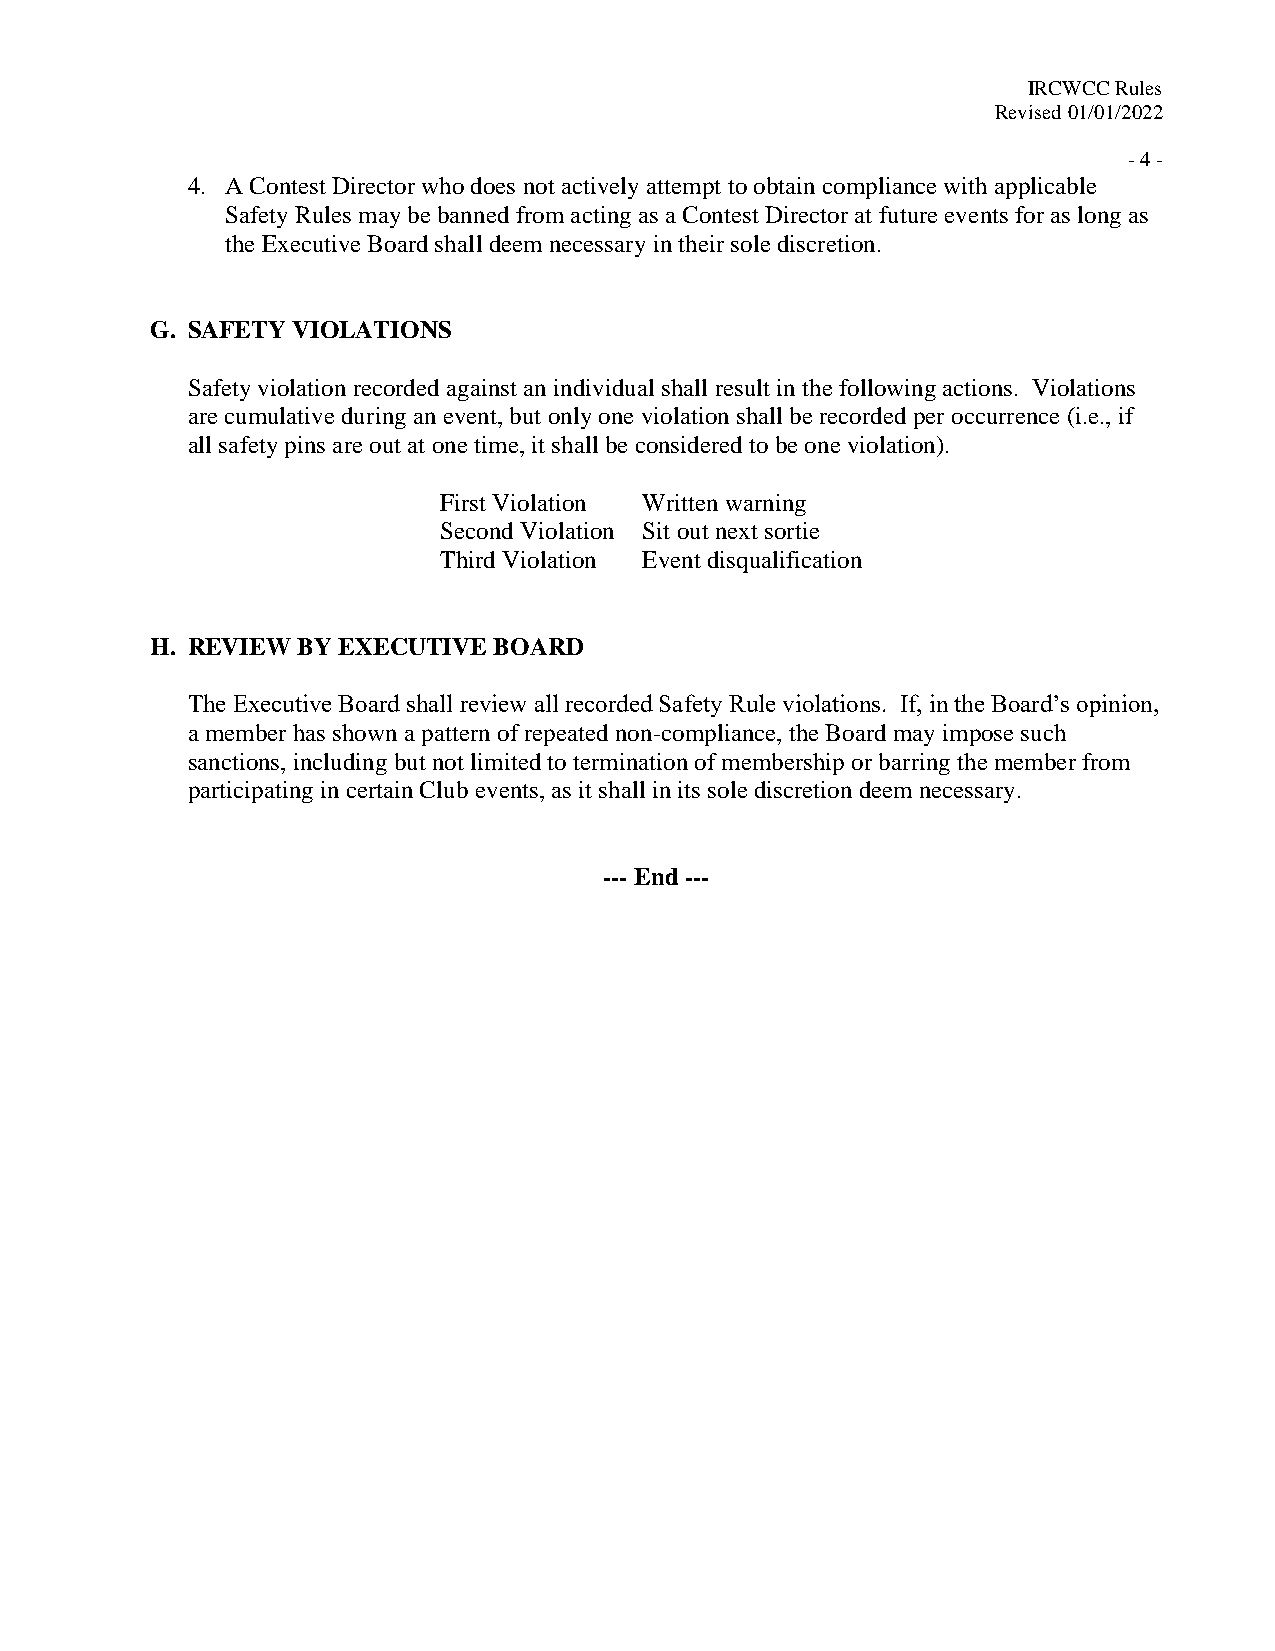
IRCWCC Rules
 Revised 01/01/2022
 - 4 -
 4. A Contest Director who does not actively attempt to obtain compliance with applicable
 Safety Rules may be banned from acting as a Contest Director at future events for as long as
 the Executive Board shall deem necessary in their sole discretion.
 G. SAFETY VIOLATIONS
 Safety violation recorded against an individual shall result in the following actions. Violations
 are cumulative during an event, but only one violation shall be recorded per occurrence (i.e., if
 all safety pins are out at one time, it shall be considered to be one violation).
 First Violation Written warning
 Second Violation Sit out next sortie
 Third Violation Event disqualification
 H. REVIEW BY EXECUTIVE BOARD
 The Executive Board shall review all recorded Safety Rule violations. If, in the Board’s opinion,
 a member has shown a pattern of repeated non-compliance, the Board may impose such
 sanctions, including but not limited to termination of membership or barring the member from
 participating in certain Club events, as it shall in its sole discretion deem necessary.
 --- End ---